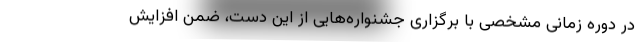
در دوره زمانی مشخصی با برگزاری جشنواره‌هایی از این دست، ضمن افزایش